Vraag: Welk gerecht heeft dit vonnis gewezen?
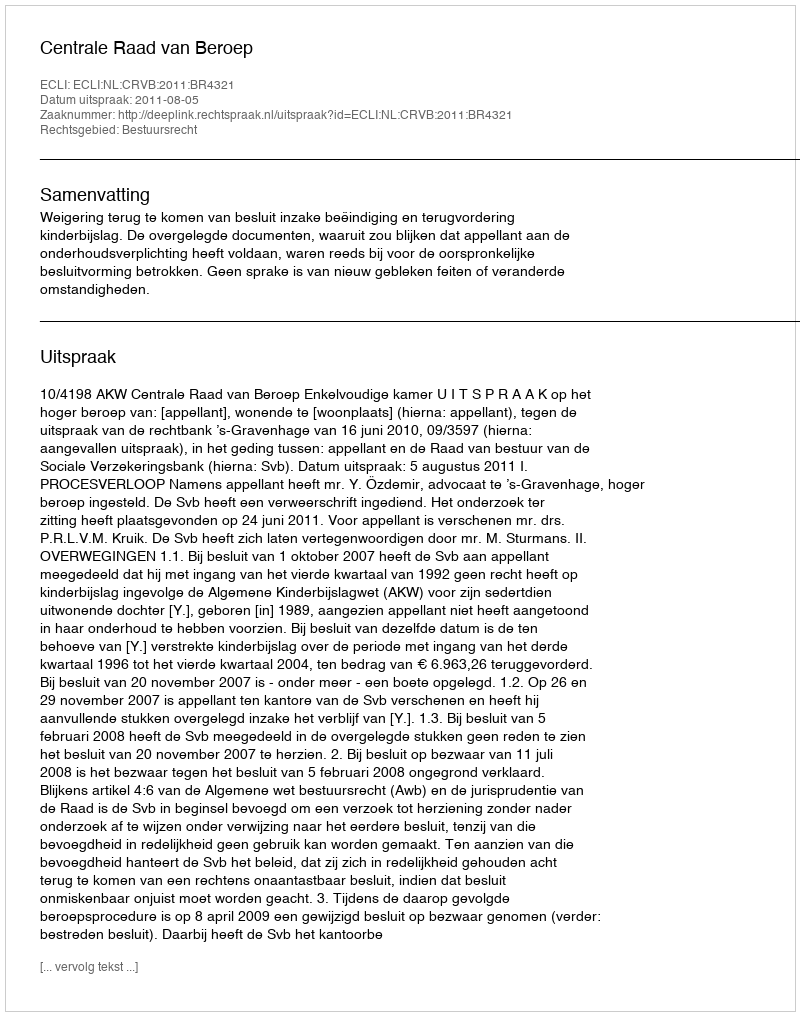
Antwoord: Centrale Raad van Beroep